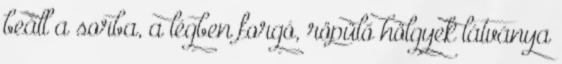
beáll a sorba, a légben forgó, röpülő hölgyek látványa